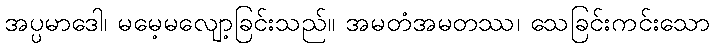
အပ္ပမာဒေါ၊ မမေ့မလျော့ခြင်းသည်။ အမတံအမတဿ၊ သေခြင်းကင်းသော